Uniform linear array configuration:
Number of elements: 32
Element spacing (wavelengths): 1
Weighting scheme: exponential
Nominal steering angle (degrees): -15
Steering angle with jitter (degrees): -16.567
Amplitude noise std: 0.05
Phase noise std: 0.05

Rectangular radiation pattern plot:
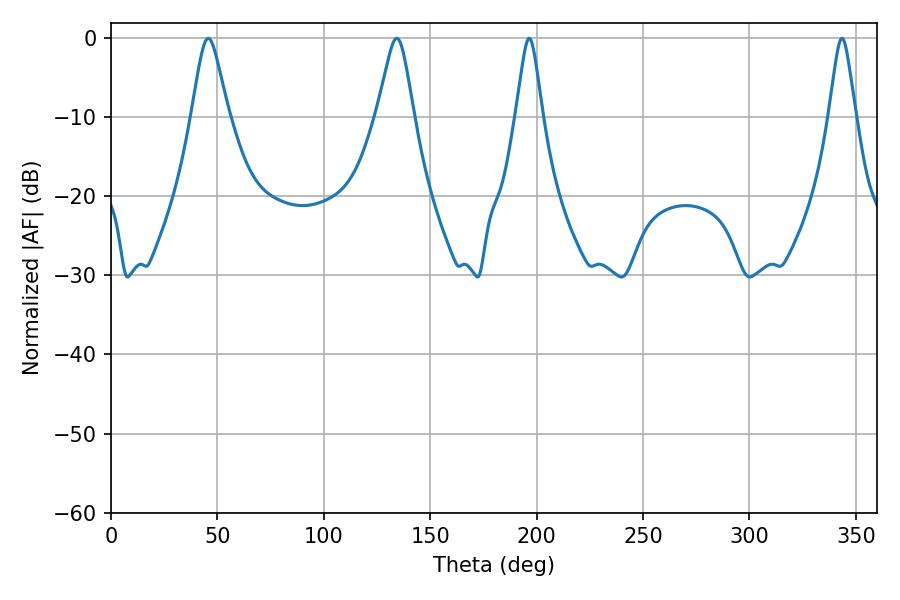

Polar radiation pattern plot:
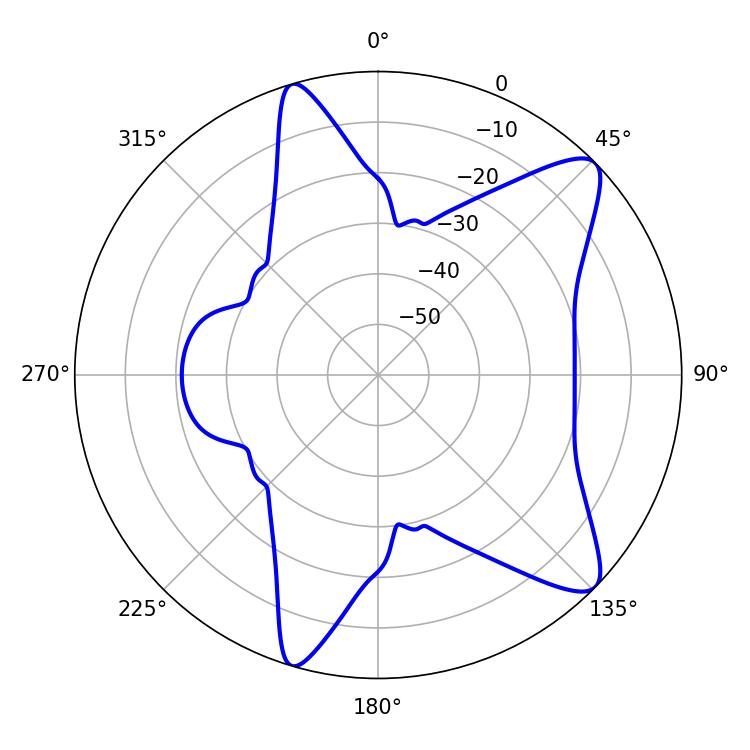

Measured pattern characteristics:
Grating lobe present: TRUE
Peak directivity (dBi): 10.307
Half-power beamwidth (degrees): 8.28
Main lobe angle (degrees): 45.72